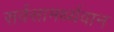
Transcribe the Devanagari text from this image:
सर्वसामर्थ्यवान